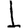
Digit: 1